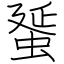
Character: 蜑